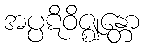
အပ္ပဋိဝိဇ္ဈန္တော